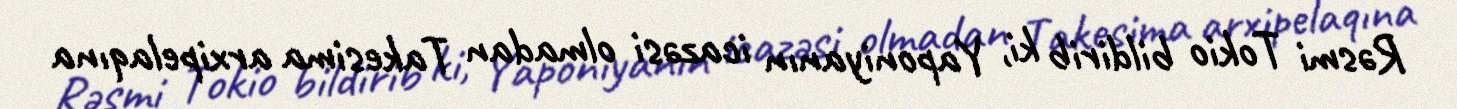
Rəsmi Tokio bildirib ki, Yaponiyanın icazəsi olmadan Takesima arxipelaqına